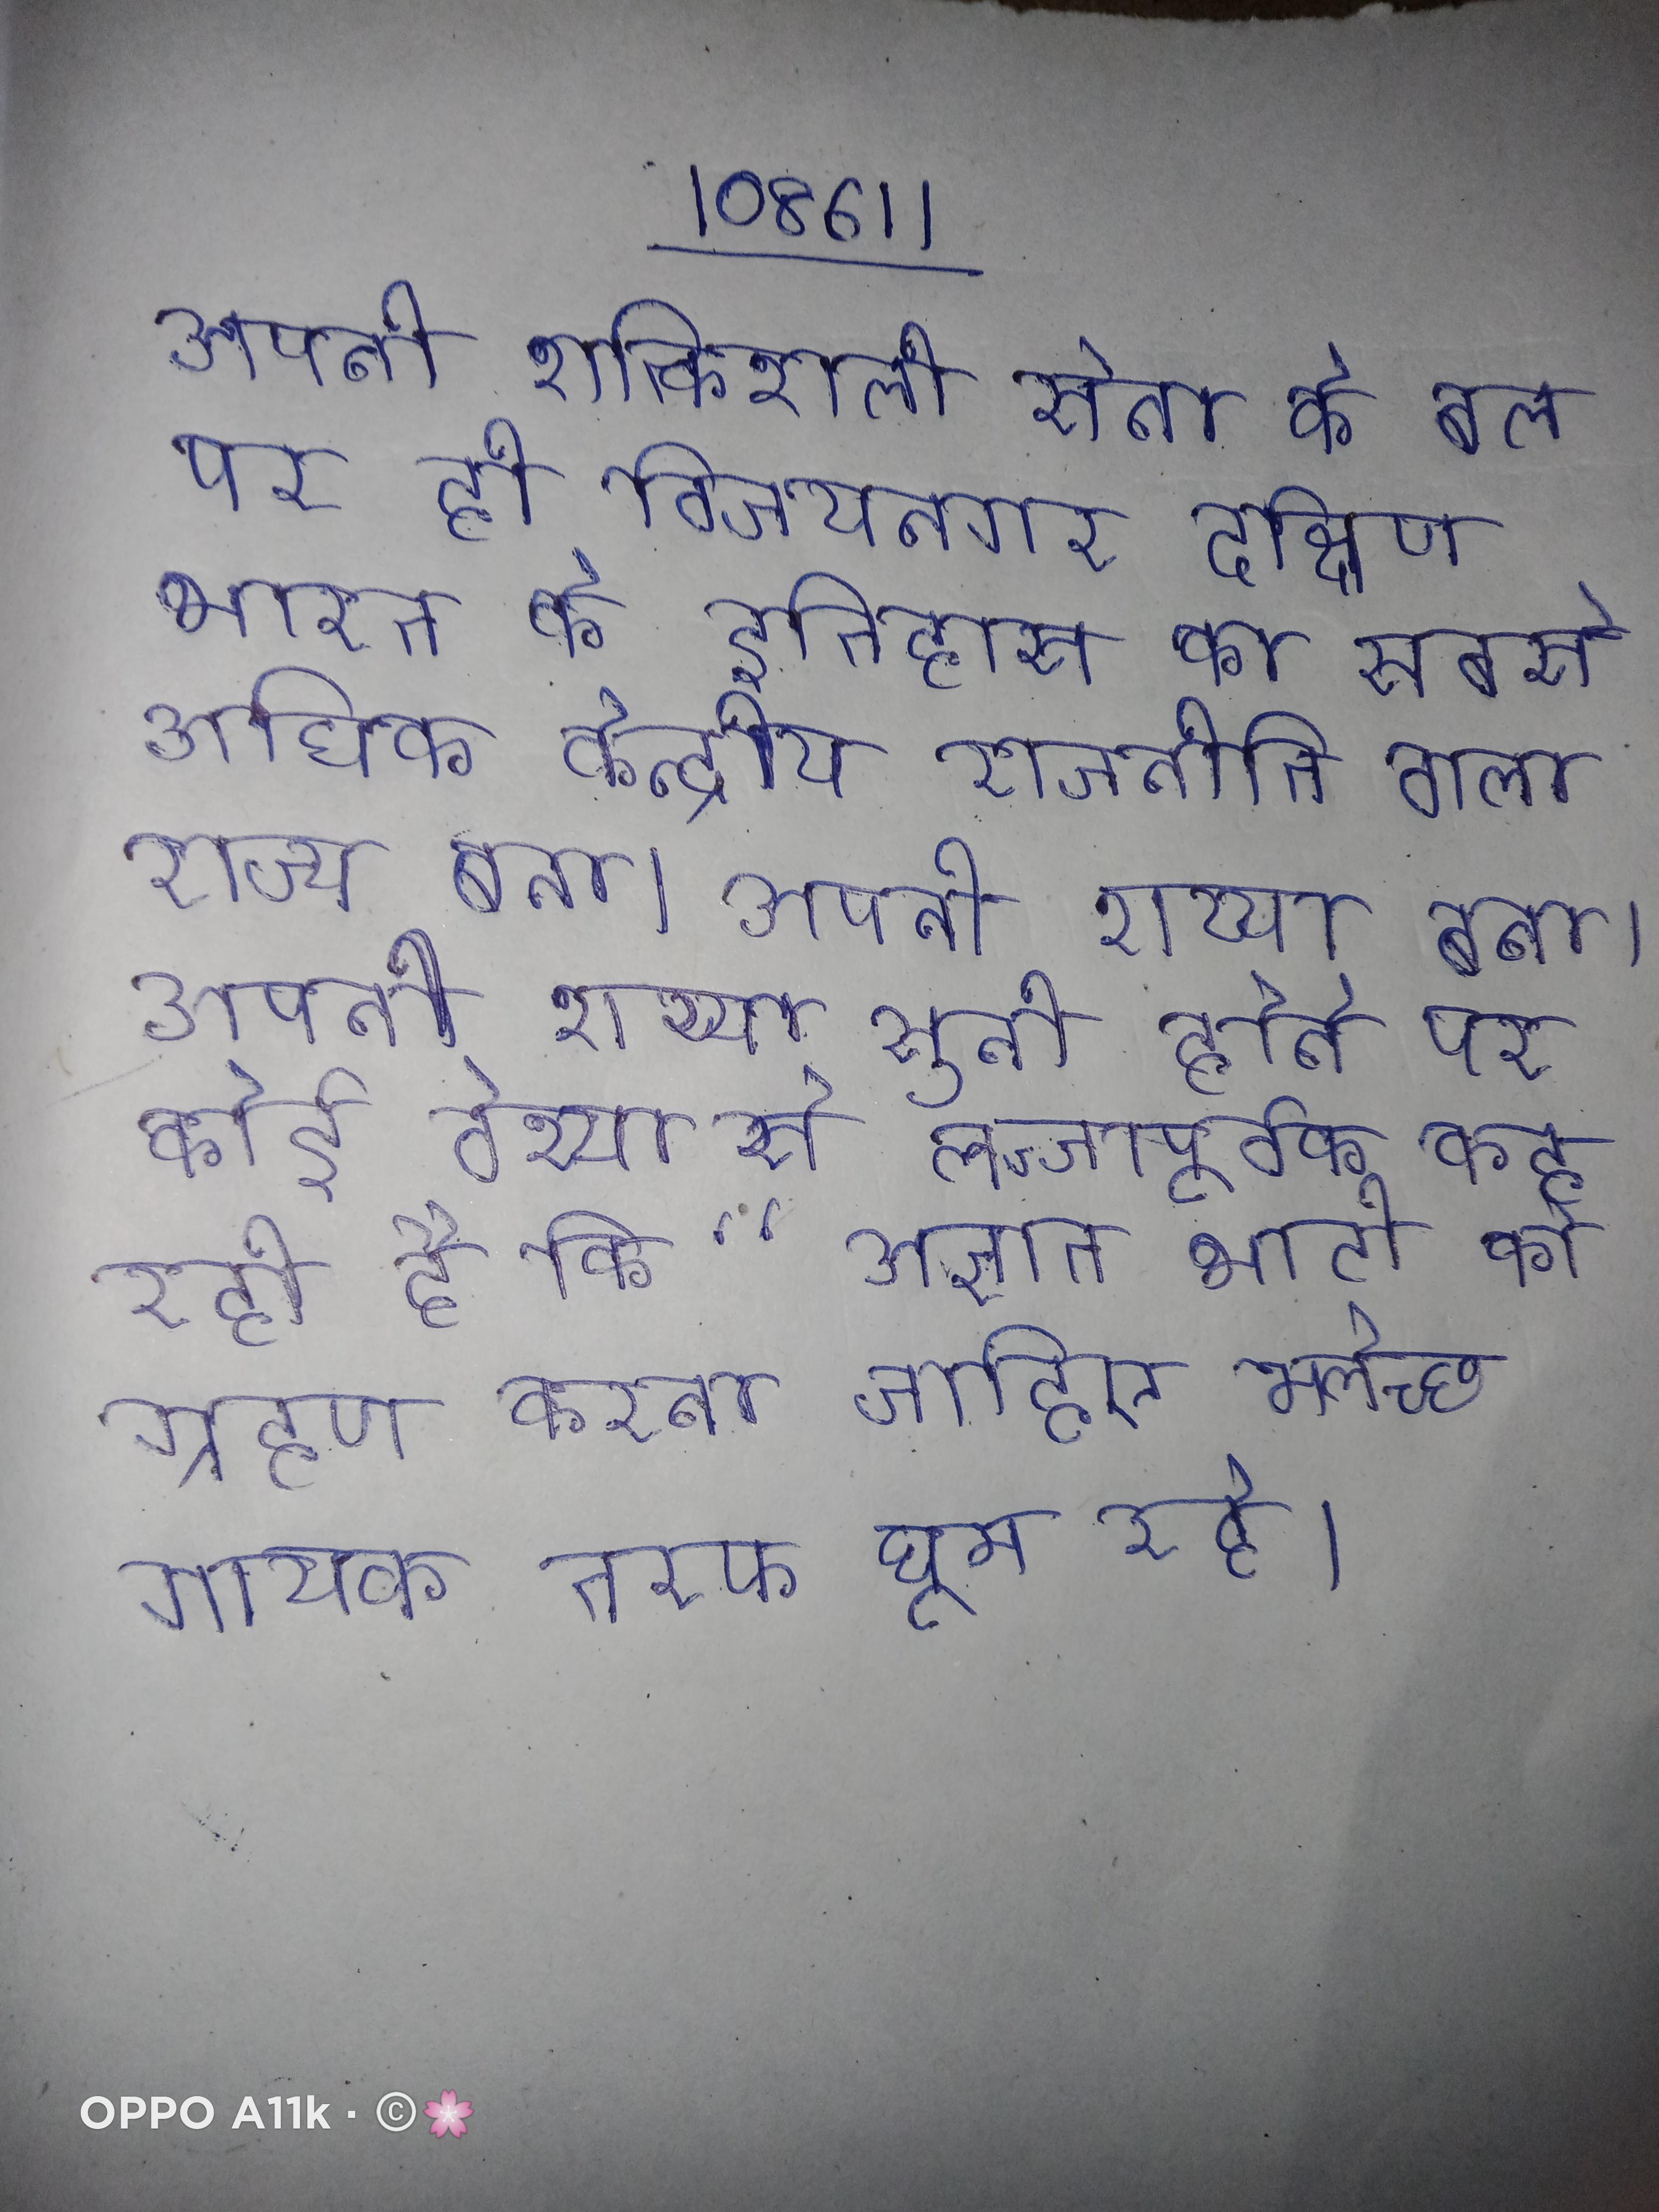
इसकी कई भारत पाई जाती । इसकी कई यूरोप तथा एशिया फैली हुई ये और के किनारे कई बिल बनाकर रहती । इसकी कई ल्युसीनिया सबसे प्रसिद्ध है । इसकी कई परन्तु प्राधिकरण का प्राथमिक कार्य समुद्री का प्रावधान करना है ।